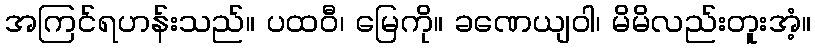
အကြင်ရဟန်းသည်။ ပထဝီ၊ မြေကို။ ခဏေယျဝါ၊ မိမိလည်းတူးအံ့။